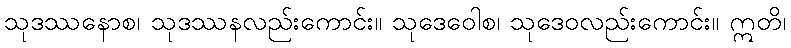
သုဒဿနောစ၊ သုဒဿနလည်းကောင်း။ သုဒေဝေါစ၊ သုဒေဝလည်းကောင်း။ ဣတိ၊